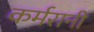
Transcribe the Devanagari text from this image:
कर्मरानी